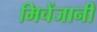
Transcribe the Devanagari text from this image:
मिचेंजानी